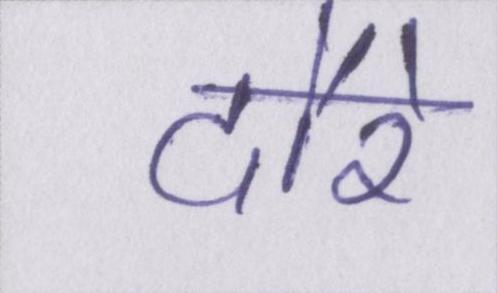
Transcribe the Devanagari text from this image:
दौरे